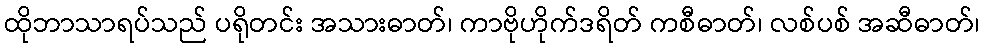
ထိုဘာသာရပ်သည် ပရိုတင်း အသားဓာတ်၊ ကာဗိုဟိုက်ဒရိတ် ကစီဓာတ်၊ လစ်ပစ် အဆီဓာတ်၊